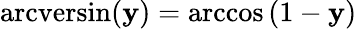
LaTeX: \operatorname{arcversin}(\mathbf{y})=\operatorname{arccos}\left(1-\mathbf{y}\right)